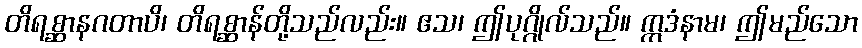
တိရစ္ဆာနဂတာပိ၊ တိရစ္ဆာန်တို့သည်လည်း။ ဧသ၊ ဤပုဂ္ဂိုလ်သည်။ ဣဒံနာမ၊ ဤမည်သော